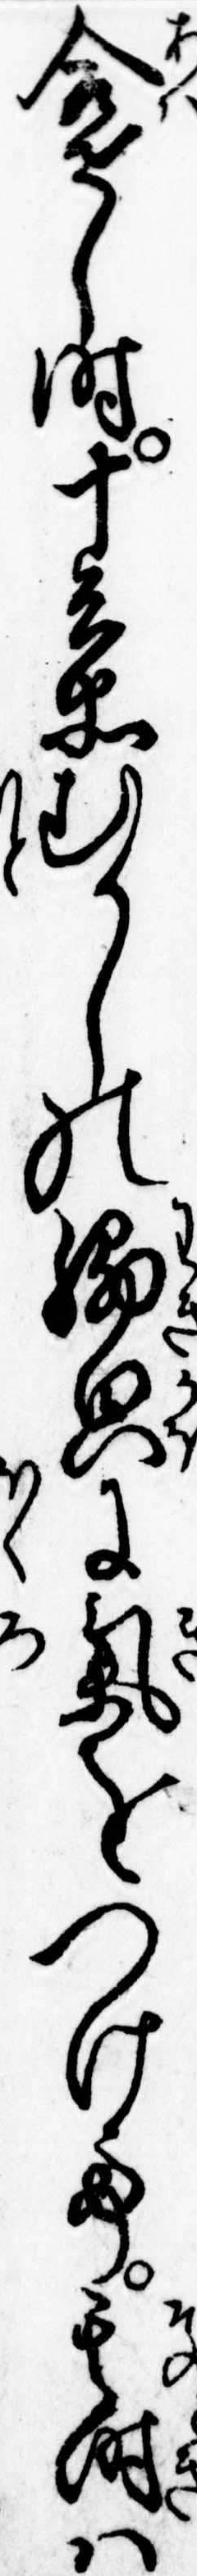
合せし時十兵衛むかしの脇貌に気をつけて其時は